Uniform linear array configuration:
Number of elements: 8
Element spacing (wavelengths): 1
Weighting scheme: blackman
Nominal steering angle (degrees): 30
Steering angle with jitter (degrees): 28.737
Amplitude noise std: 0.05
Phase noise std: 0.05

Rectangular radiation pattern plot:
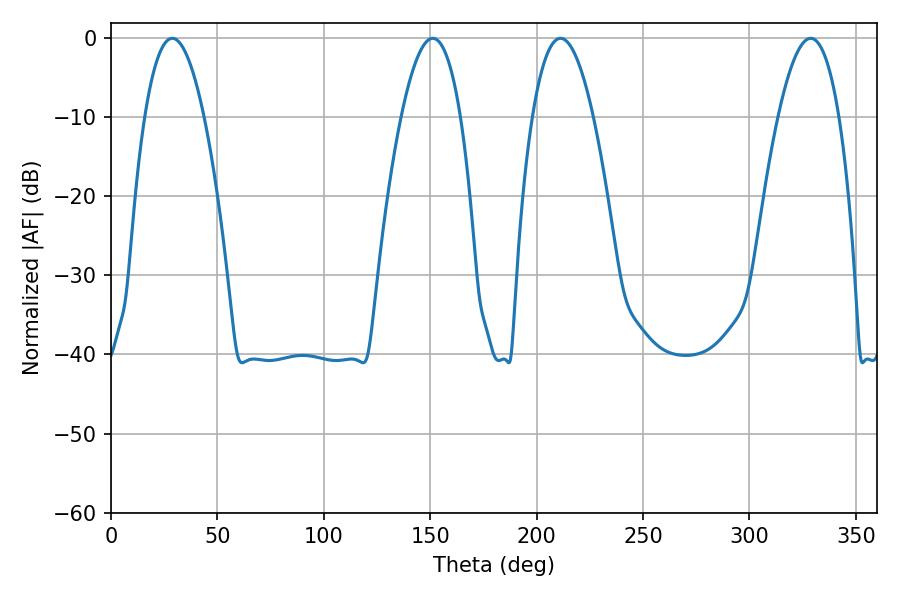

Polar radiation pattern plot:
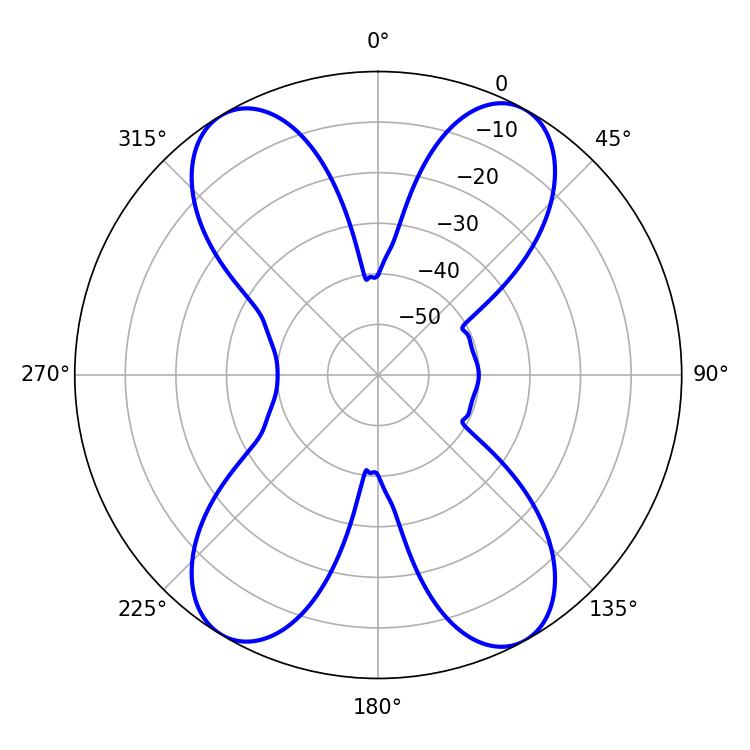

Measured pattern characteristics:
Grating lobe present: TRUE
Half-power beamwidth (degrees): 15.3
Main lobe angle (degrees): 28.8